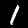
Label: 1